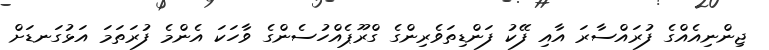
ޖިންނިއެއްގެ ފުރައްސާރަ އާއި ފޭކު ފަންޑިތަވެރިންގެ ގްރޫޕެއްހުސެންގެ ވާހަކަ އެންމެ ފުރަތަމަ އަޅުގަނޑަށް